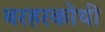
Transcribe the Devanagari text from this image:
बरहरकोथी